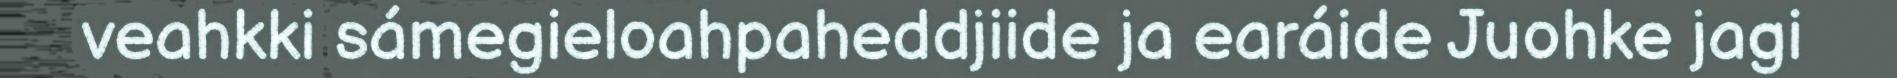
veahkki sámegieloahpaheddjiide ja earáide Juohke jagi